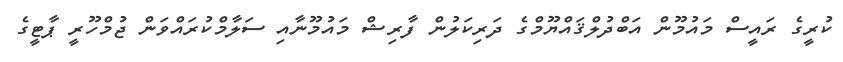
ކުރީގެ ރައީސް މައުމޫން އަބްދުލްޤައްޔޫމްގެ ދަރިކަލުން ފާރިޝް މައުމޫނާއި ސަލާމްކުރައްވަން ޖުމްހޫރީ ޕާޓީގެ